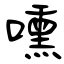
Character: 嚑